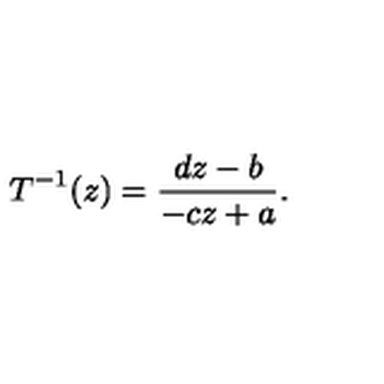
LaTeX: T ^ { - 1 } ( z ) = \frac { d z - b } { - c z + a } .